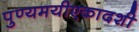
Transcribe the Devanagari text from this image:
पुण्यमयीएकादशी